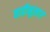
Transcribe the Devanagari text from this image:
वाढीनुसार